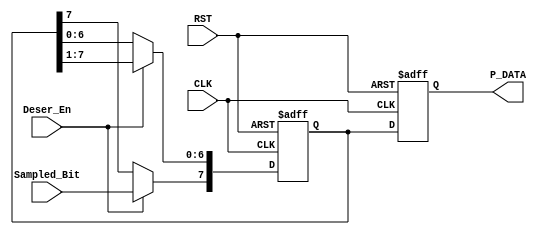
module UART_Rx_Deserializer (
    input       wire                     Deser_En, 
    input       wire                     Sampled_Bit, 
    input       wire                     CLK,  
    input       wire                     RST,
    output      reg         [7:0]        P_DATA
);

reg         [7:0]        SR;


always @ (posedge CLK or negedge RST)
    begin
        if (!RST)
            begin
                SR <= 8'b0000_0000;
                P_DATA <= 8'b0000_0000;
            end
        else
            begin
		P_DATA <= SR;
                if (Deser_En)
                    begin
                        SR <= SR >> 1;
                        SR[7] <= Sampled_Bit;
                    end
            end
    end

endmodule